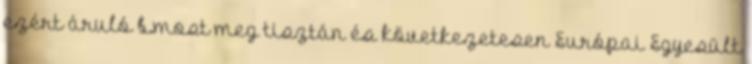
ezért áruló b.most meg tisztán és következetesen Európai Egyesült